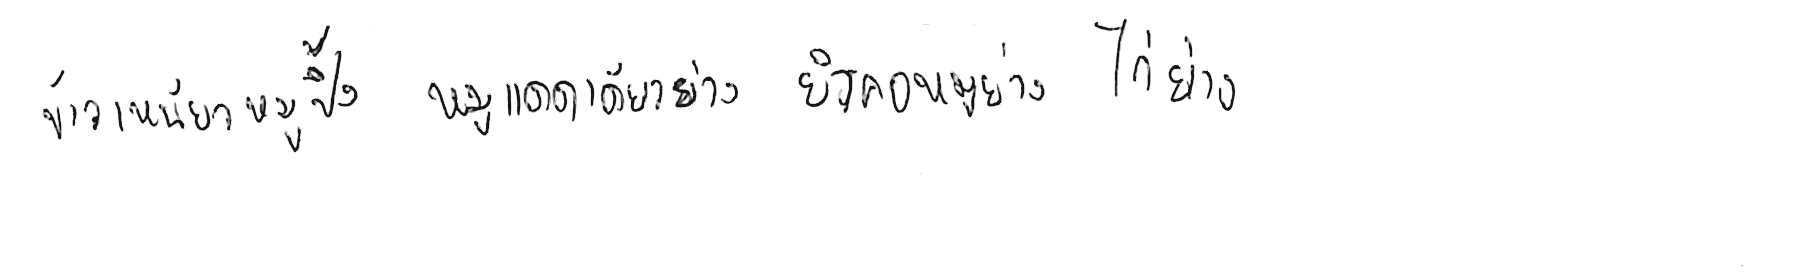
ข้าวเหนียวหมูปิ้ง หมูแดดเดียวย่าง ยำคอหมูย่าง ไก่ย่าง